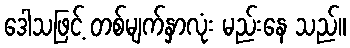
ဒေါသဖြင့် တစ်မျက်နှာလုံး မည်းနေ သည်။